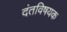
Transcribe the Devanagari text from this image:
दंतविषयक